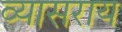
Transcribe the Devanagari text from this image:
व्यासराय